Medical and sanitary report of the native army of Bengal for the year
Year: 1876
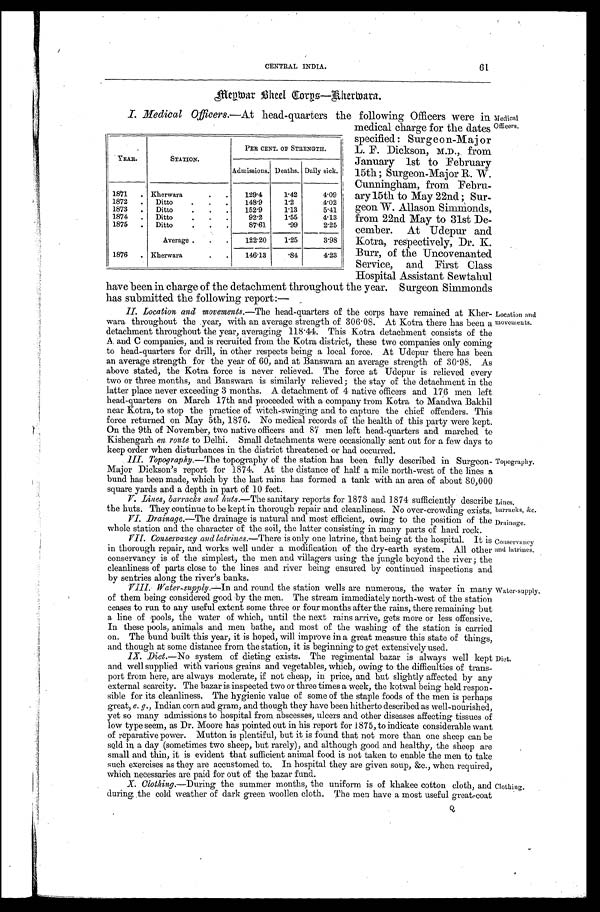
Drainage.
Conservancy
and latrines.
61
CENTRAL INDIA.
M e p w a r B h e e l G r o p s — B h e r m a r a .
I. Medical Officers. —At head-quarters the following Officers were in
medical charge for the dates
specified: Surgeon-Major
L. F. Dickson, M.D., from
January 1st to February
15th; Surgeon-Major R. W.
Cunningham, from Febru
-
ary 15th to May 22nd; Sur
-
geon W. Allason Simnionds,
from 22nd May to 31st De
-
cember. At Udepur and
Kotra, respectively, Dr. K.
Burr, of the Uncovenanted
Service, and First Class
Hospital Assistant Sewtahul
have been in charge of the detachment throughout the year. Surgeon Simmonds
has submitted the following report:—
II. Location and movements. —The head-quarters of the corps have remained at Kher
-
wara throughout the year, with an average strength of 306.08. At Kotra there has been a
detachment throughout the year, averaging 118.44. This Kotra detachment consists of the
A and C companies, and is recruited from the Kotra district, these two companies only coming
to head-quarters for drill, in other respects being a local force. At Udepur there has been
an average strength for the year of 60, and at Banswara an average strength of 30.98. As
above stated, the Kotra force is never relieved. The force at Udepur is relieved every
two or three months, and Banswara is similarly relieved; the stay of the detachment in the
latter place never exceeding 3 months. A detachment of 4 native officers and 176 men left
head-quarters on March 17th and proceeded with a company from Kotra to Mandwa Bakhil
near Kotra, to stop the practice of witch-swinging and to capture the chief offenders. This
force returned on May 5th, 1876. No medical records of the health of this party were kept.
On the 9th of November, two native officers and 87 men left head-quarters and marched to
Kishengarh en route to Delhi. Small detachments were occasionally sent out for a few days to
keep order when disturbances in the district threatened or had occurred.
III. Topography. —The topography of the station has been fully described in Surgeon
-
Major Dickson's report for 1874. At the distance of half a mile north-west of the lines a
bund has been made, which by the last rains has formed a tank with an area of about 80,000
square yards and a depth in part of 10 feet.
V. Lines, barracks and huts. —The sanitary reports for 1873 and 1874 sufficiently describe
the huts. They continue to be kept in thorough repair and cleanliness. No over-crowding exists.
YEAR.
STATION.
PER CENT. OF STRENGTH.
Admissions. Deaths. Daily sick.
1871 . . . Kherwara . . .
129.4
1.42
4.09
1872 . . .
Ditto . . .
148.9
1.2
4.02
1873 . . .
Ditto . . .
152.9
1.13
5.41
1874 . . .
Ditto . . .
92.2
1.55
4.13
1875 . . .
Ditto . . .
87.61
.99
2.25
Average . . .
122.20
1.25
3.98
1876 . . . Kherwara . . .
146.13
.84
4.23
Location and
movements.
Topography.
Lines,
barracks, &c.
Medical
Officers.
VI. Drainage.—The drainage is natural and most efficient, owing to the position of the
whole station and the character of the soil, the latter consisting in many parts of hard rock.
VII. Conservancy and latrines. —There is only one latrine, that being at the hospital. It is
in thorough repair, and works well under a modification of the dry-earth system. All other
conservancy is of the simplest, the men and villagers using the jungle beyond the river; the
cleanliness of parts close to the lines and river being ensured by continued inspections and
by sentries along the river's banks.
VIII. Water-supply.— I n
a n d r o u n d t h e s t a t i o n w e l l s a r e n u m e r o u s , t h e w a t e r i n m a n y
of them being considered good by the men. The stream immediately north-west of the station
ceases to run to any useful extent some three or four months after the rains, there remaining but
a line of pools, the water of which, until the next rains arrive, gets more or less offensive.
In these pools, animals and men bathe, and most of the washing of the station is carried
on. The bund built this year, it is hoped, will improve in a great measure this state of things,
and though at some distance from the station, it is beginning to get extensively used.
IX. Diet.—No system of dieting exists. The regimental bazar is always well kept
and well supplied with various grains and vegetables, which, owing to the difficulties of trans
-
port from here, are always moderate, if not cheap, in price, and hut slightly affected by any
external scarcity. The bazar is inspected two or three times a week, the kotwal being held respon
-
sible for its cleanliness. The hygienic value of some of the staple foods of the men is perhaps
great, e. g., Indian corn and gram, and though they have been hitherto described as well-nourished,
yet so many admissions to hospital from abscesses, ulcers and other diseases affecting tissues of
low type seem, as Dr. Moore has pointed out in his report for 1875, to indicate considerable want
of reparative power. Mutton is plentiful, but it is found that not more than one sheep can be
sold in a day (sometimes two sheep, but rarely), and although good and healthy, the sheep are
small and thin, it is evident that sufficient animal food is not taken to enable the men to take
such exercises as they are accustomed to. In hospital they are given soup, &c., when required,
which necessaries are paid for out of the bazar fund.
Water-supply.
Diet.
X. Clothing.—During the summer months, the uniform is of khakee cotton cloth, and
during the cold weather of dark green woollen cloth. The men have a most useful great-coat
Clothing.
Q